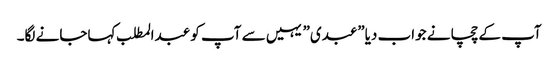
آپ کے چچا نے جواب دیا”عبدی” یہیں سے آپ کو عبدالمطلب کہاجانے لگا۔